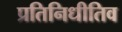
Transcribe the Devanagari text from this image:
प्रतिनिधीतिव